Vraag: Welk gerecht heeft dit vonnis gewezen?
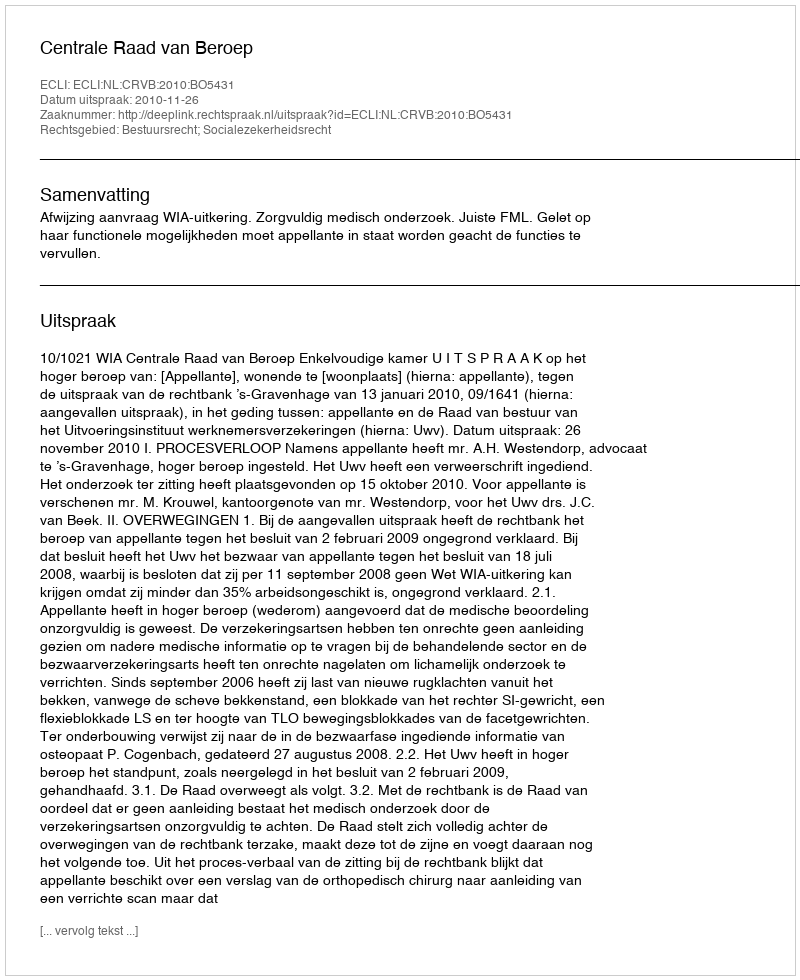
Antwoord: Centrale Raad van Beroep